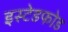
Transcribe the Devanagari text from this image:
इस्टेडफोड